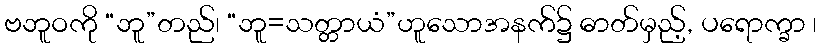
ဗဘူဝကို “ဘူ”တည်၊ “ဘူ=သတ္တာယံ”ဟူသောအနက်၌ ဓာတ်မှည့်, ပရောက္ခာ ၊